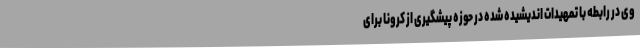
وی در رابطه با تمهیدات اندیشیده شده در حوزه‌ پیشگیری از کرونا برای